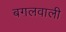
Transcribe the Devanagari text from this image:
बगलवाली